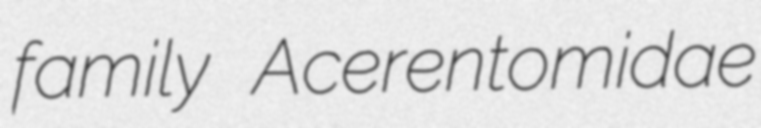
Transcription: family Acerentomidae